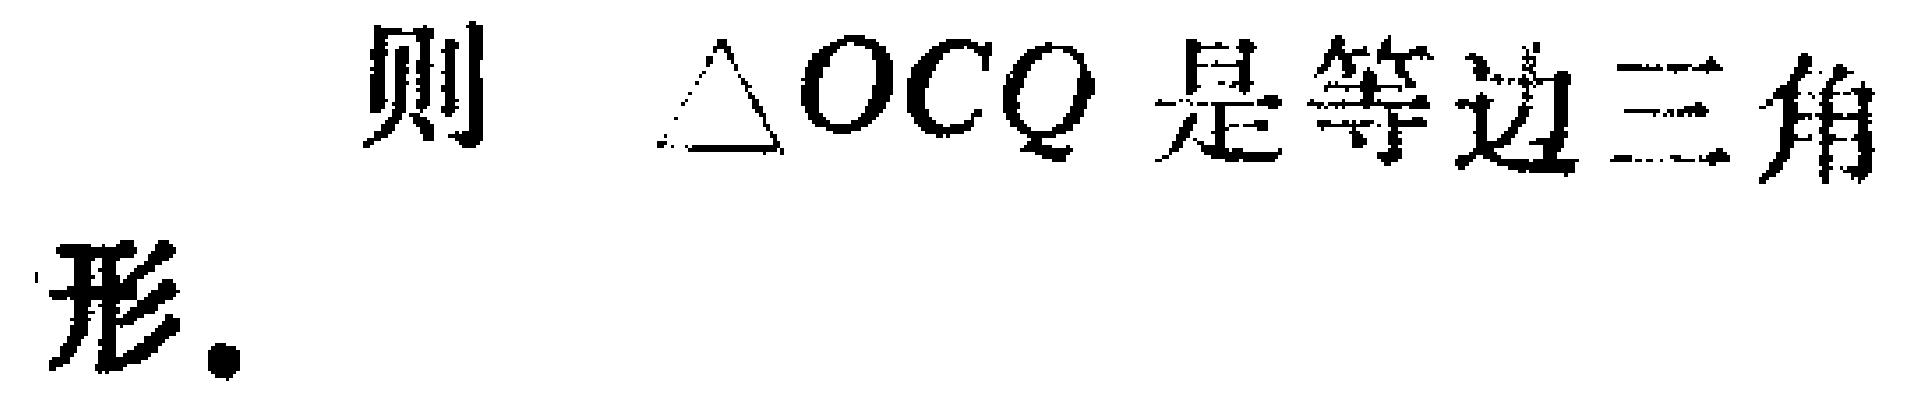
则 $\triangle OCQ$ 是等边三角形.